Aleksander_Warma, lk 40
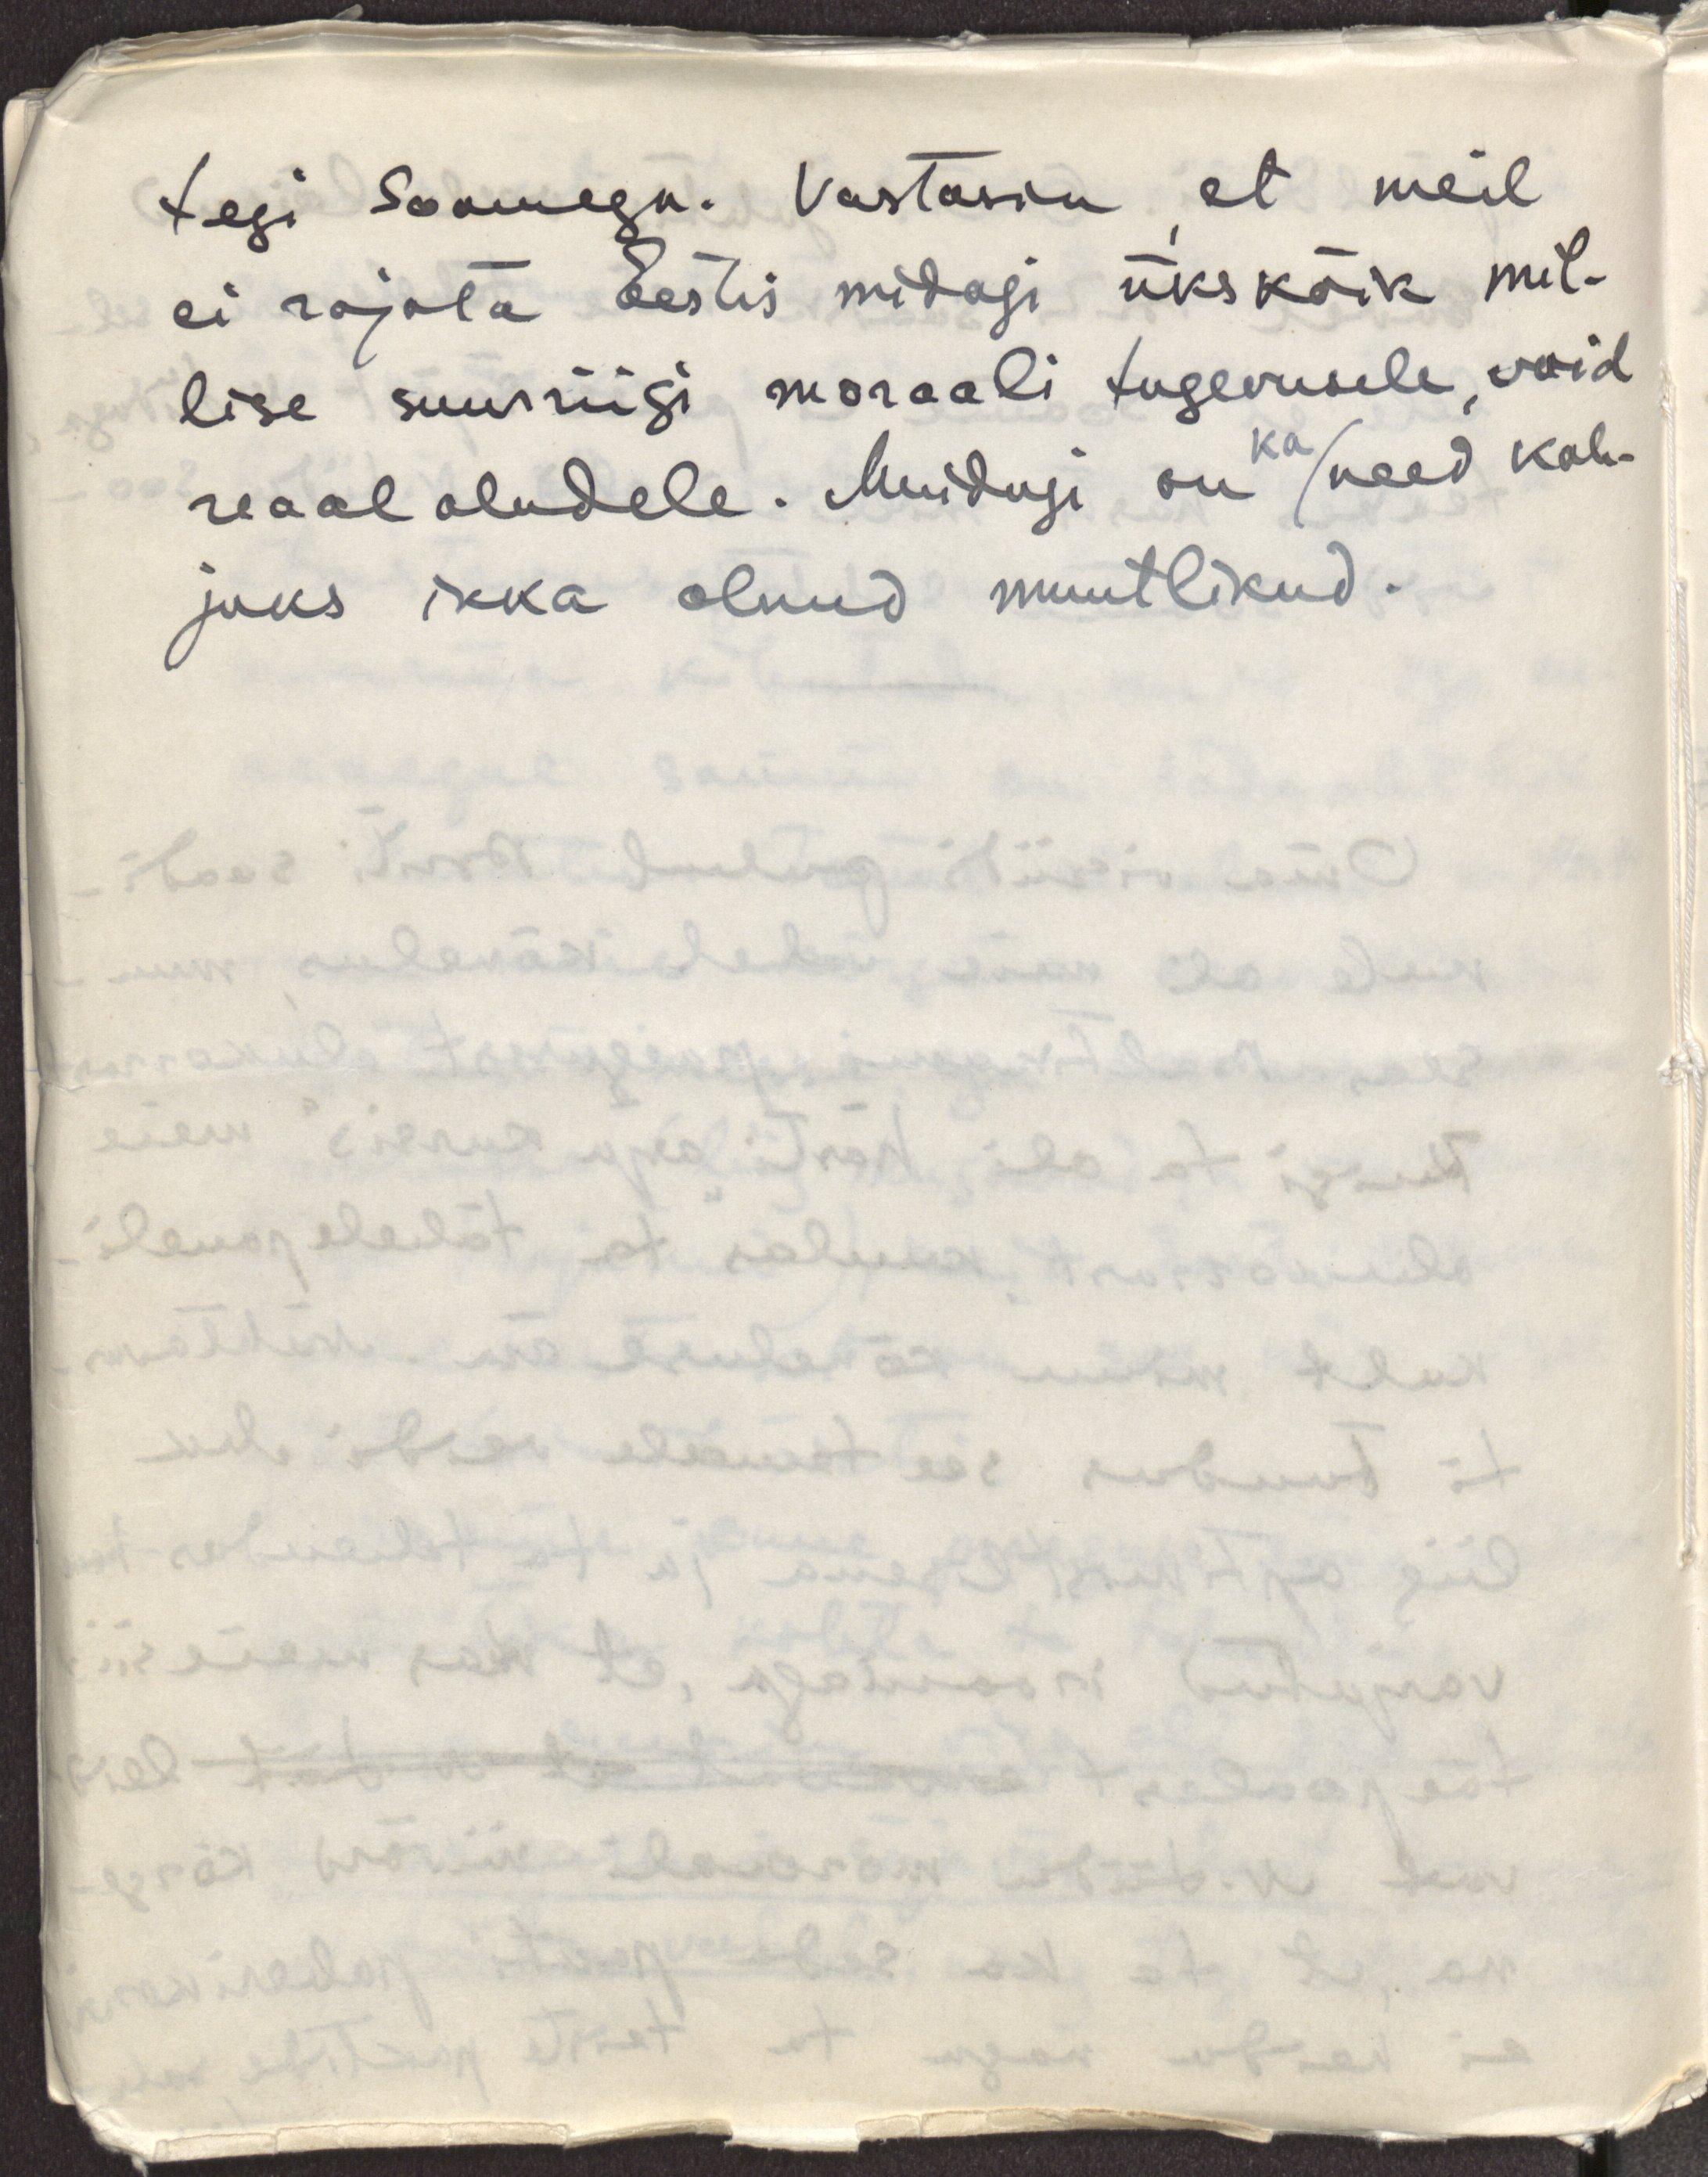
tegi Soomega. Vastasin, et meil
ei rajata Eestis midagi ükskõik mil-
lise suurriigi moraali tugevusele, vaid
reaaloludele. Muidugi on ka need kah-
juks ikka olnud muutlikud.